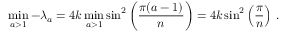
\operatorname* { m i n } _ { a > 1 } - \lambda _ { a } = 4 k \operatorname* { m i n } _ { a > 1 } \sin ^ { 2 } \left( \frac { \pi ( a - 1 ) } { n } \right) = 4 k \sin ^ { 2 } \left( \frac { \pi } { n } \right) \, .